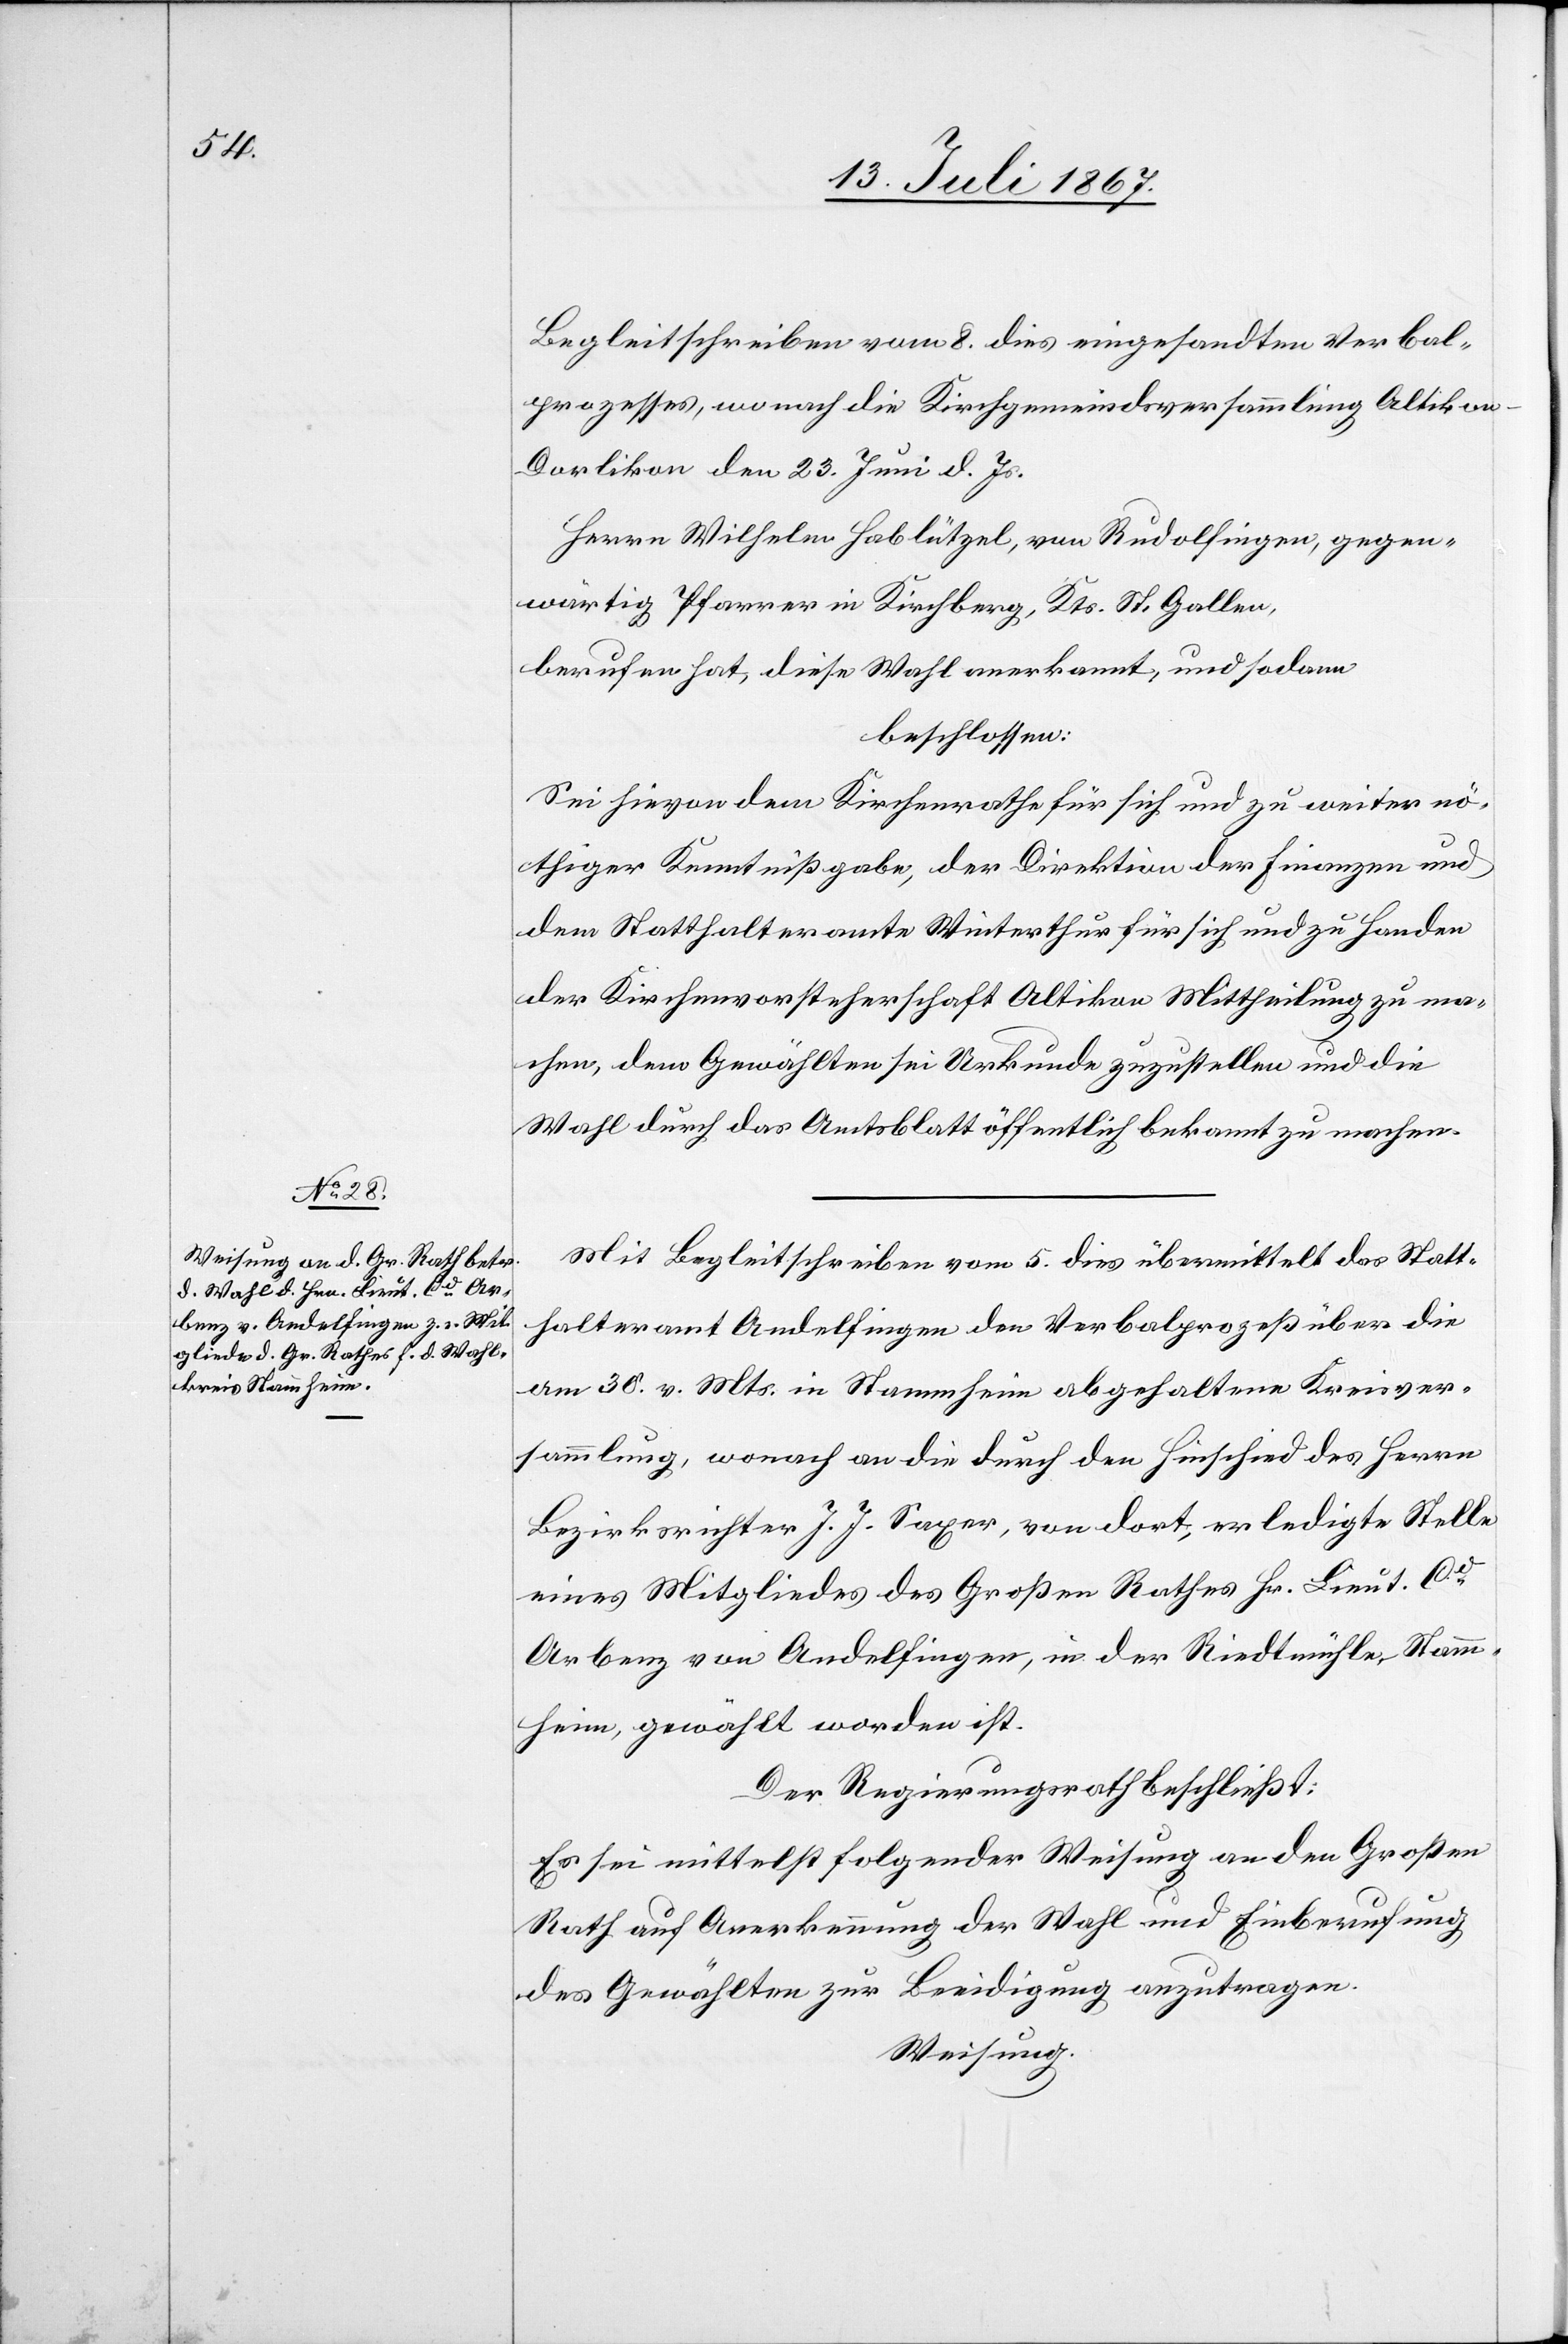
Begleitschreiben vom 8. dies eingesandten Verbal¬
prozesses, wonach die Kirchgemeindsversammlung Altiko¬
n-Dorlikon den 23. Juni d. Js.
Herrn Wilhelm Hablützel, von Rudolfingen, gegen¬
wärtig Pfarrer in Kirchberg, Kts. St. Gallen,
berufen hat, diese Wahl anerkannt, und sodann
beschlossen:
Sei hievon dem Kirchenrathe für sich und zu weiter nö¬
thiger Kenntnißgabe, der Direktion der Finanzen und
dem Statthalteramte Winterthur für sich und zu Handen
der Kirchenvorsteherschaft Altikon Mittheilung zu ma¬
chen, dem Gewählten sei Urkunde zuzustellen und die
Wahl durch das Amtsblatt öffentlich bekannt zu machen.
Mit Begleitschreiben vom 5. dies übermittelt das Statt¬
halteramt Andelfingen den Verbalprozess über die
am 30. v. Mts. in Stammheim abgehaltene Kreisver¬
sammlung, wonach an die durch den Hinschied des Herrn
Bezirksrichter J. J. Saxer, von dort, erledigte Stelle
eines Mitgliedes des Großen Rathes Hr. Lieut. Cd.
Arbenz von Andelfingen, in der Riedtmühle, Stamm¬
heim, gewählt worden ist.
Der Regierungsrath beschließt:
Es sei mittelst folgender Weisung an den Großen
Rath auf Anerkennung der Wahl und Einberufung
des Gewählten zur Beeidigung anzutragen.
Weisung.